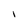
Character: I